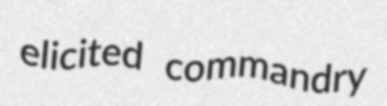
elicited commandry